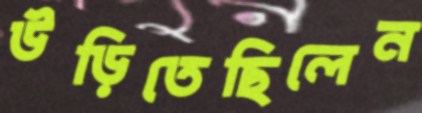
উড়িতেছিলেন